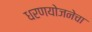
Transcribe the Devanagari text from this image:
धरणयोजनेचा